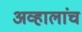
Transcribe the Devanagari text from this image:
अव्हालांच